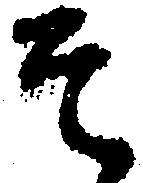
そ